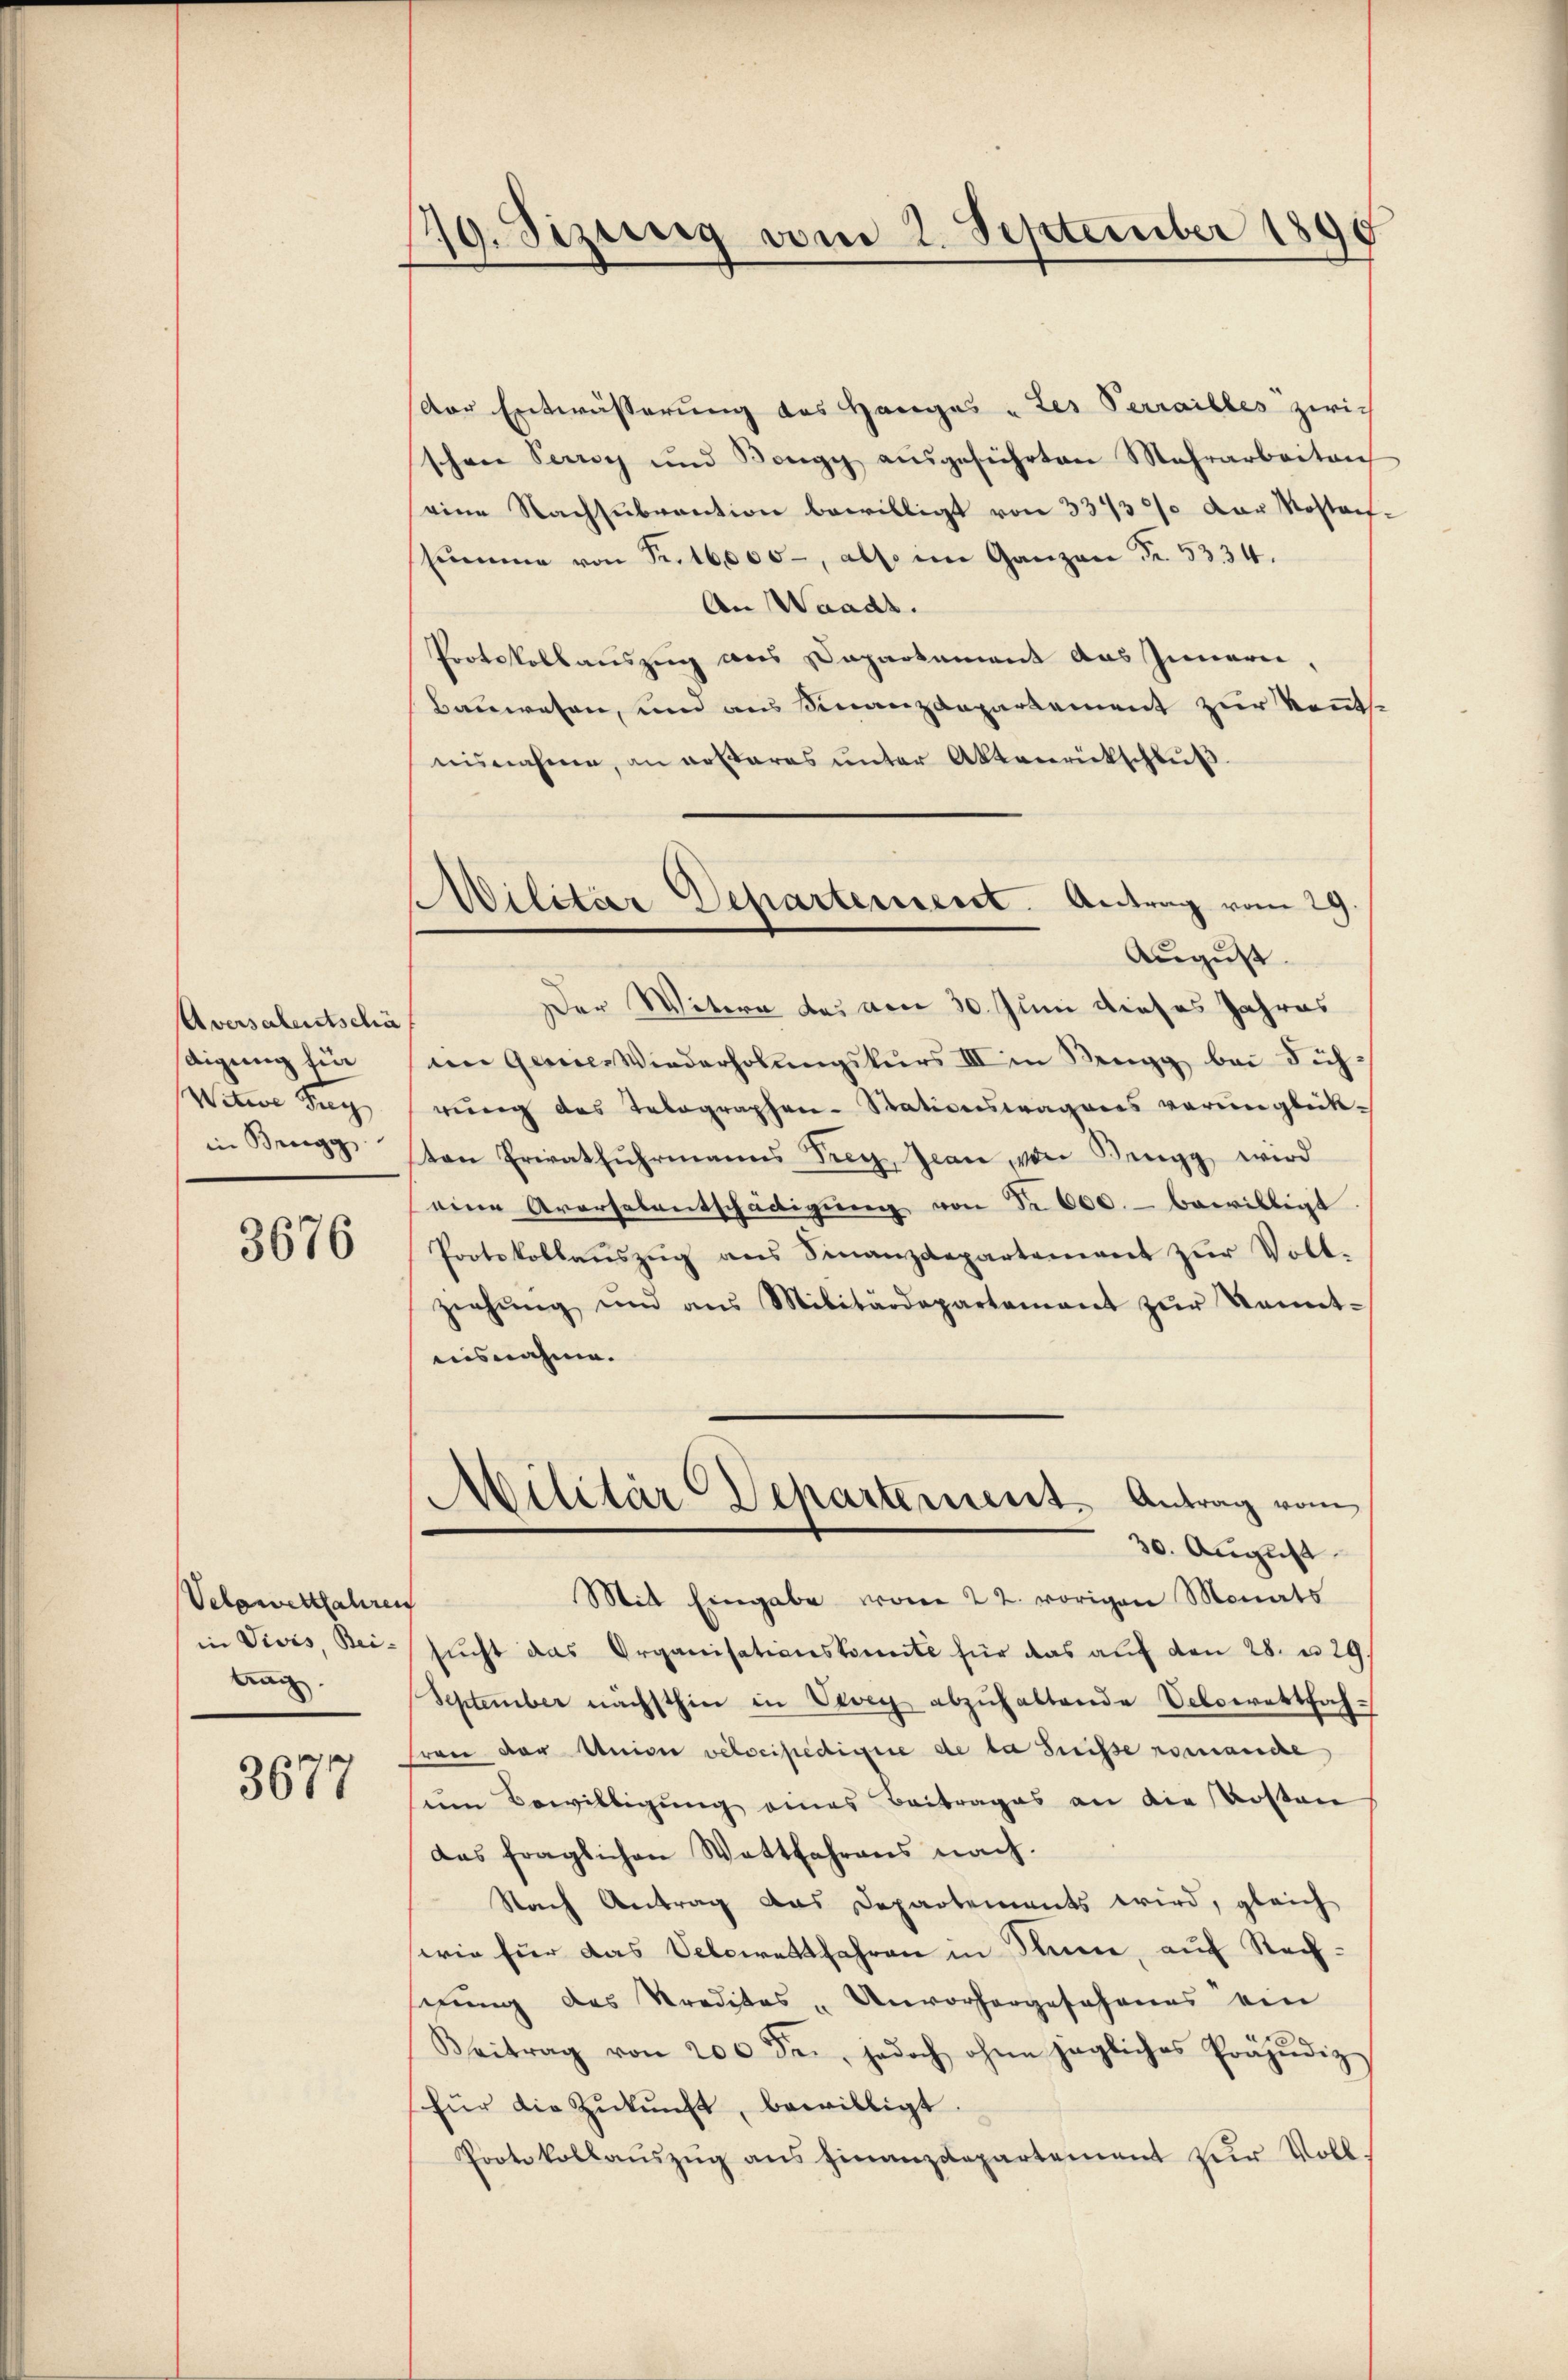
Aversalentschä
digung für
Witwe Tag
in Bregg

3676

Velawertfahren
tag.

3677

19. Sizurig vom 2. September 1890

Wilitier Departement. Antrag vom 29
August.

dor Entwässerung des Hanges „Les Verrailles zwischen Seeroy und Kongy aŭsgeführten Mehrarbeiten
eine Nachsubvention bewilligt von 33/3% der Mostant,
Sŭmme von Fr. 16000., also im Ganzen Fr. 5334.
An Waadt.
Protokollauszug aus Departement das Innern,
Bauwesen, und aus Finanzdepartement zur Kenntnisnahme, an erstares ŭnter Aktenrückschlŭβ
Der Witwe des von 30. Juni dieses Jahres
im Gesines Wiederholŭngskŭrs III in Rengg bei Führung des Telegraphen-Stationswagens verunglück-
ten Erwathŭhrmanns Frey, Jean von Rengg wird
eine Aversalentschädigŭng von Fr. 600. bewilligt.
Protokollaŭszŭg ans Finanzdepartement zŭr Voll-
ziehŭng und ans Militärdepartement zŭr Kennt-
aisnahme.
Militär Departement. Antrag vom
30. August
Mit Eingabe von 22. vorigen Monats
in Divis, Bei- sŭcht das Organisationskomite für das aŭf den 28. u. 29.
September nächsthin in Vevey abzuhaltende Velowettfah-
frau der Univer velocipedicie de la Suisse romanche
um Bewilligung eines Beitrages an die Kosten
das fraglichen Wattfahrens nach.
Nach Antrag das Departements wird, gleich
serie für das Velowettfahren in Sinne, auf Rechnung des Kredites „Unvorhergeschenes ein
Beitrag von 200 See, jedoch ohne jegliches Präjudiz
für die Zŭkŭnft, bewilligt.
Protokollaŭszŭg ans finanzdepartement zur Voll